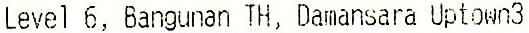
LEVEL 6, BANGUNAN TH, DAMANSARA UPTOWN3